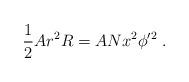
LaTeX: \begin{align*}\frac{1}{2} A r^2 R = A N x^2 \phi'^2\ .\end{align*}